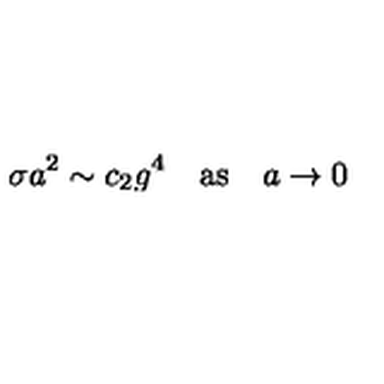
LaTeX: \sigma a ^ { 2 } \sim c _ { 2 } g ^ { 4 } \quad \mathrm { a s } \quad a \to 0